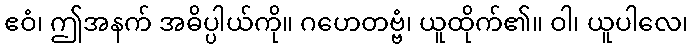
ဧဝံ၊ ဤအနက် အဓိပ္ပါယ်ကို။ ဂဟေတဗ္ဗံ၊ ယူထိုက်၏။ ဝါ၊ ယူပါလေ၊